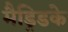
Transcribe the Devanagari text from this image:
मैड्रिडके